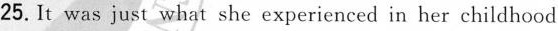
25.It was just what she experienced in her childhood